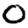
Digit: 0